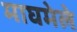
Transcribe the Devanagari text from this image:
माघमेले